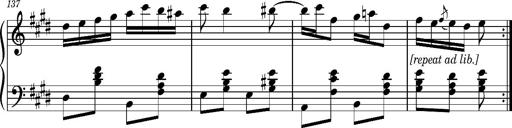
Title: Ungarischer Romanzero
Composer: Franz Liszt